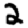
Digit: 2